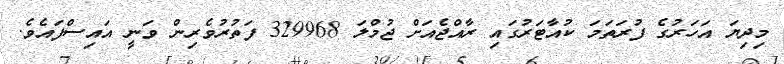
މިދިޔަ އަހަރުގެ ފުރަތަމަ ކުއާޓަރުގައި ރާއްޖެއަށް ޖުމްލަ 329968 ފަތުރުވެރިން ވަނީ އައިސްފައެވެ.